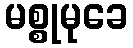
မစ္စုမုခေ